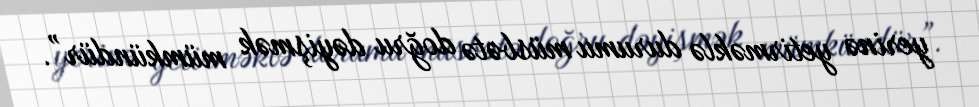
yerinə yetirməklə durumu müsbətə doğru dəyişmək mümkündür”.